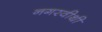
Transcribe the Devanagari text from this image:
नगरवीथी